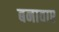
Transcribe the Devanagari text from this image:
बनावाए